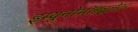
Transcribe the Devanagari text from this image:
इम्युनोमॉड्यूलेटर